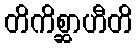
တိကိစ္ဆာဟီတိ